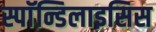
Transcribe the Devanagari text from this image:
स्पाॅन्डिलाइसिस